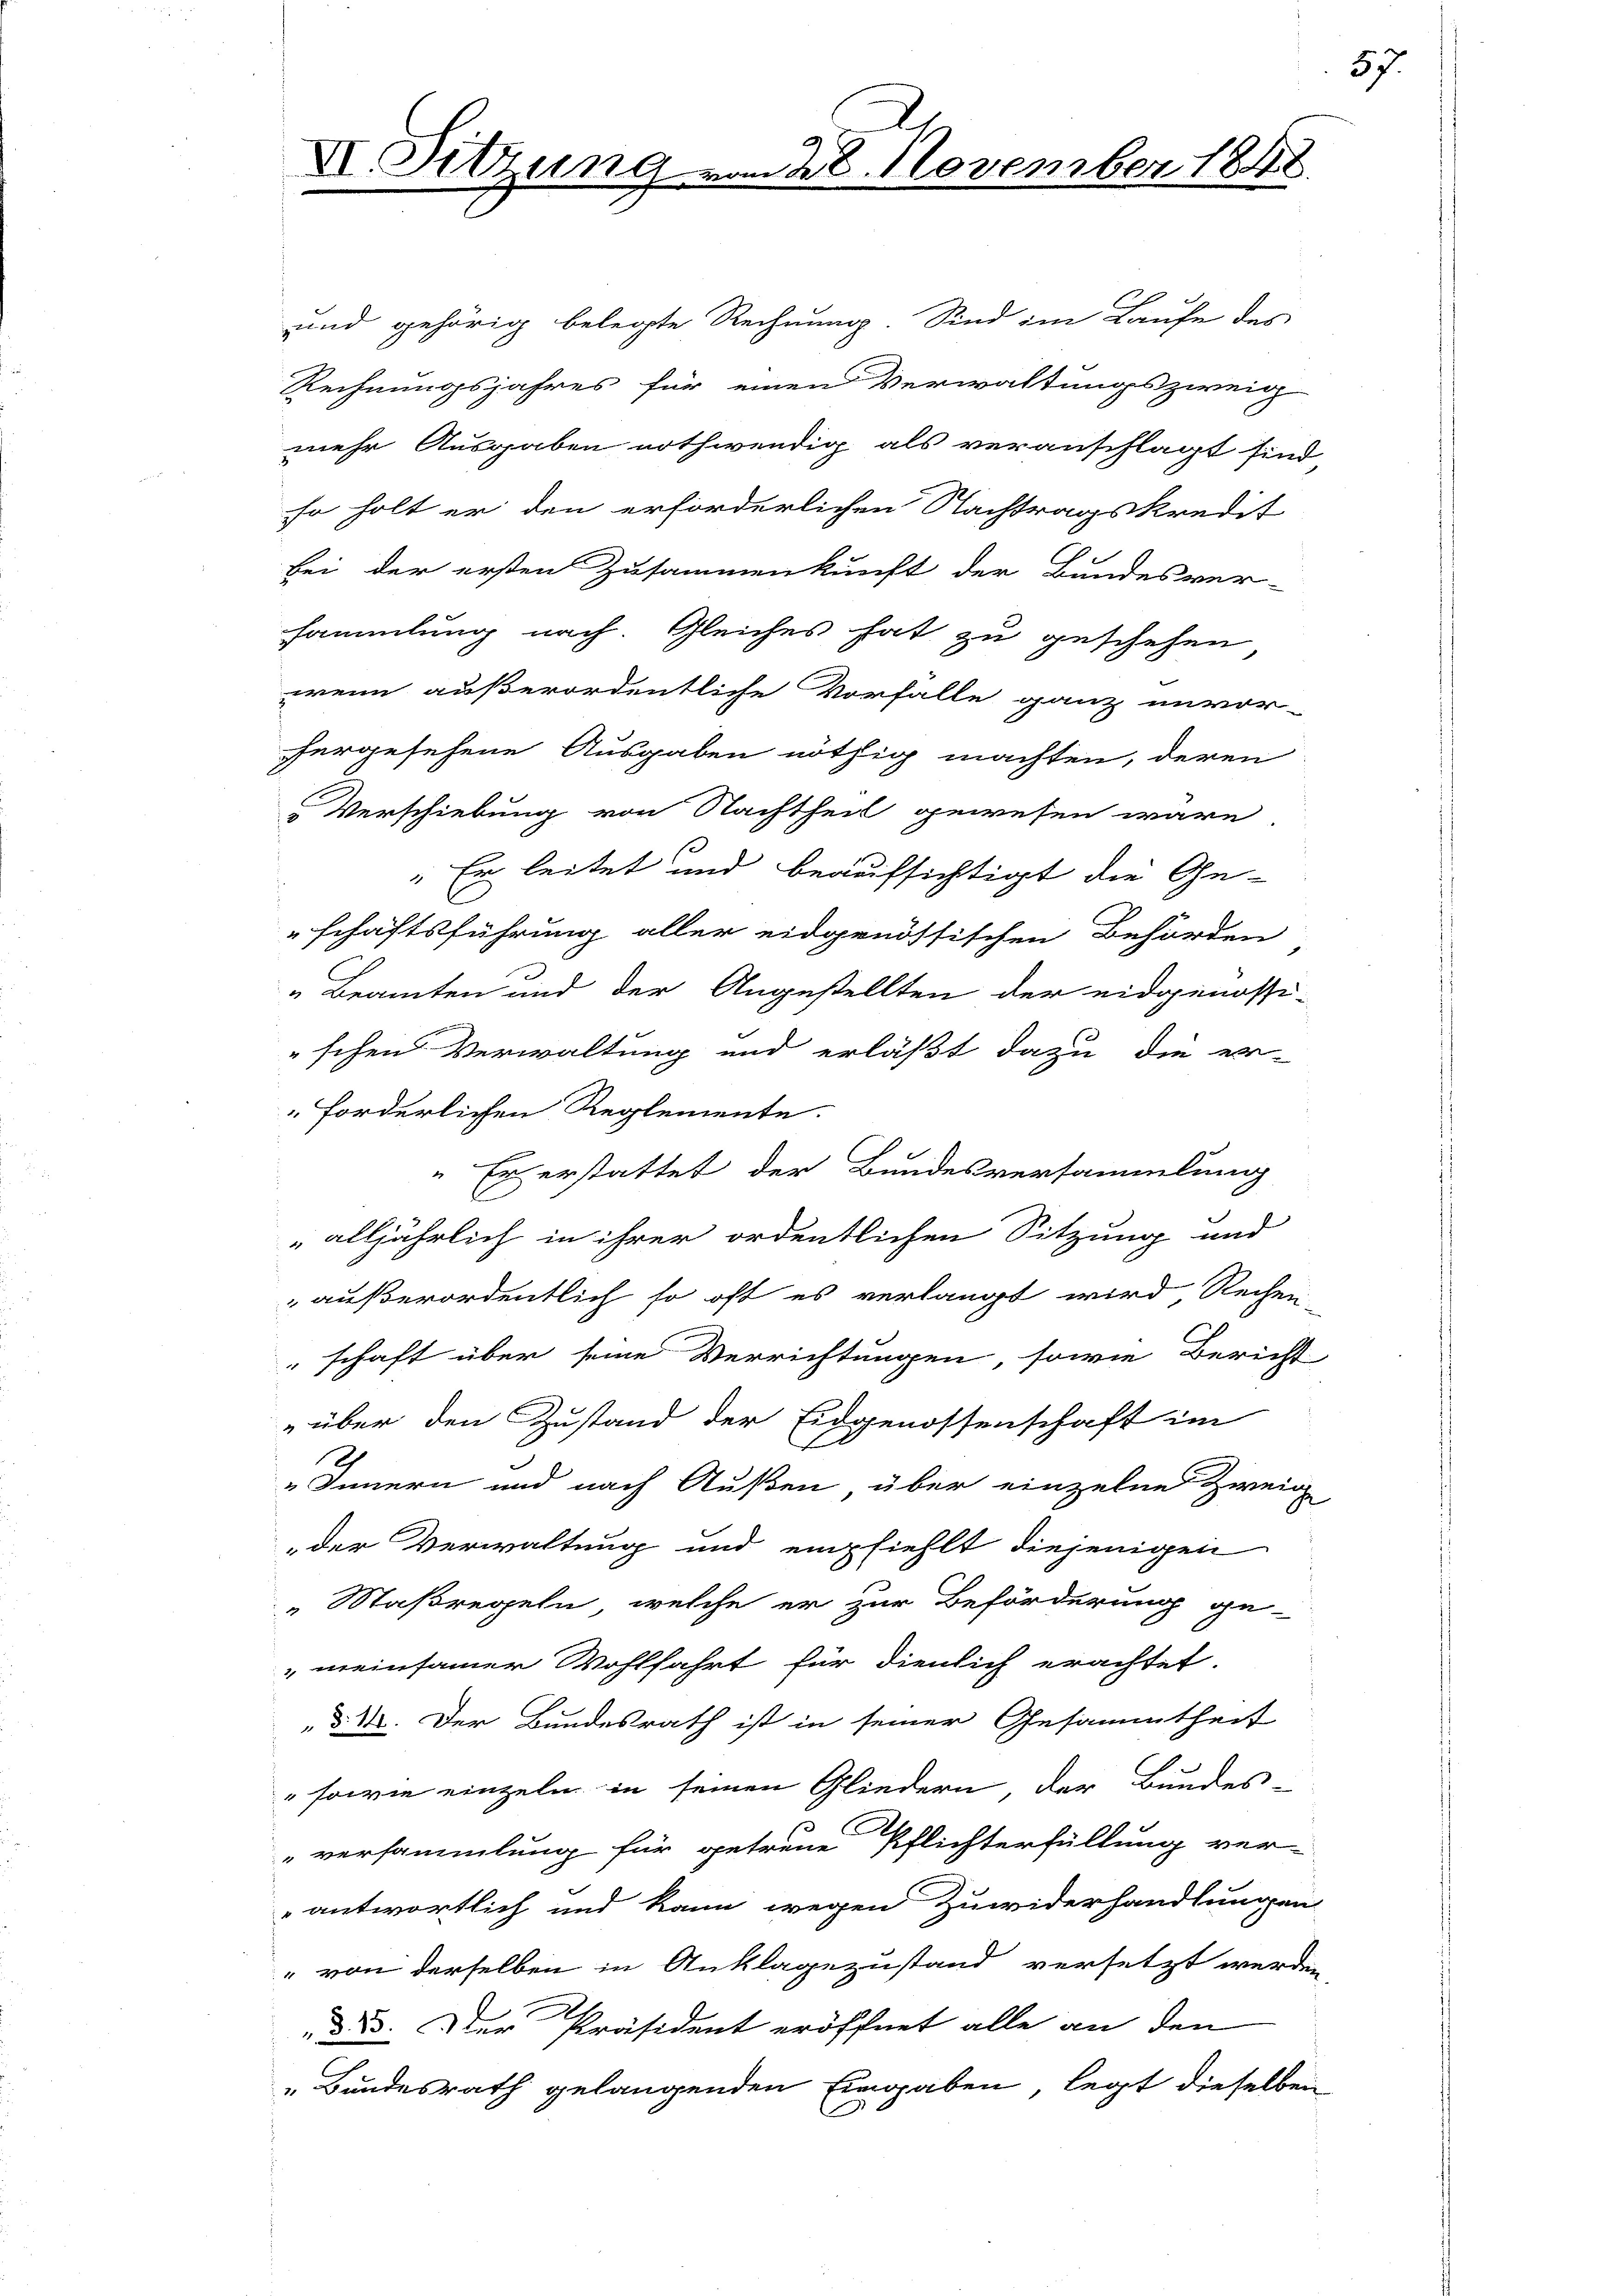
VI. Sitzung u.

m 28. November 1848.

und gehörig belegte Rechnung. Sind im Laufe des
Rechnungsjahres für einen Verwaltungszweig
mehr Ausgaben nothwendig als veranschlagt sind
so holt er den erforderlichen Nachtragskredit
bei der ersten Zusammenkunft der Bundesver-
sammlung nach. Gleiches hat zu geschehen,
wenn außerordentliche Vorfalle ganz unvor-
hergesehene Ausgaben nöthig machten, deren
Verschiebung von Nachtheil gewesen wäre
Er leitet und beaufsichtigt die Ge-
C
schäftsführung aller eidgenössischen Behörden
„Beamten und der Angestellten der eidgenössi-
schen Verwaltung und erläßt dazu die er-
forderlichen Reglemente.
" Er erstattet der Bundesversammlung
alljährlich in ihrer ordentlichen Sitzung und
außerordentlich so oft es verlangt wird, Rechen-
schaft über seine Verrichtungen, sowie Bericht
„über den Zustand der Eidgenossenschaft im
„Innern und nach Außen, über einzelne Zweig
der Verwaltung und empfiehlt diejenigen
„Maßregeln, welche er zur Beförderung ge-
"meinsamer Wohlfahrt für dienlich erachtet.
d. M. Der Bundesrath ist in seiner Gesammtheit
"sowie einzeln in seinen Gliedern der Bundes-
3
versammlung für getreue Pflichterfüllung ver-
antwortlich und kann wegen Zuwiderhandlungen
" von derselben in Anklagezustand versetzt werden
de. Der Präsident eröffnet alle an den
„Bundesrath gelangenden Eingaben, legt dieselben
s

57.